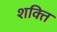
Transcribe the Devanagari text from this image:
श्‍ाक्‍ित